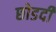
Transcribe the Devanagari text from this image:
छोडदी